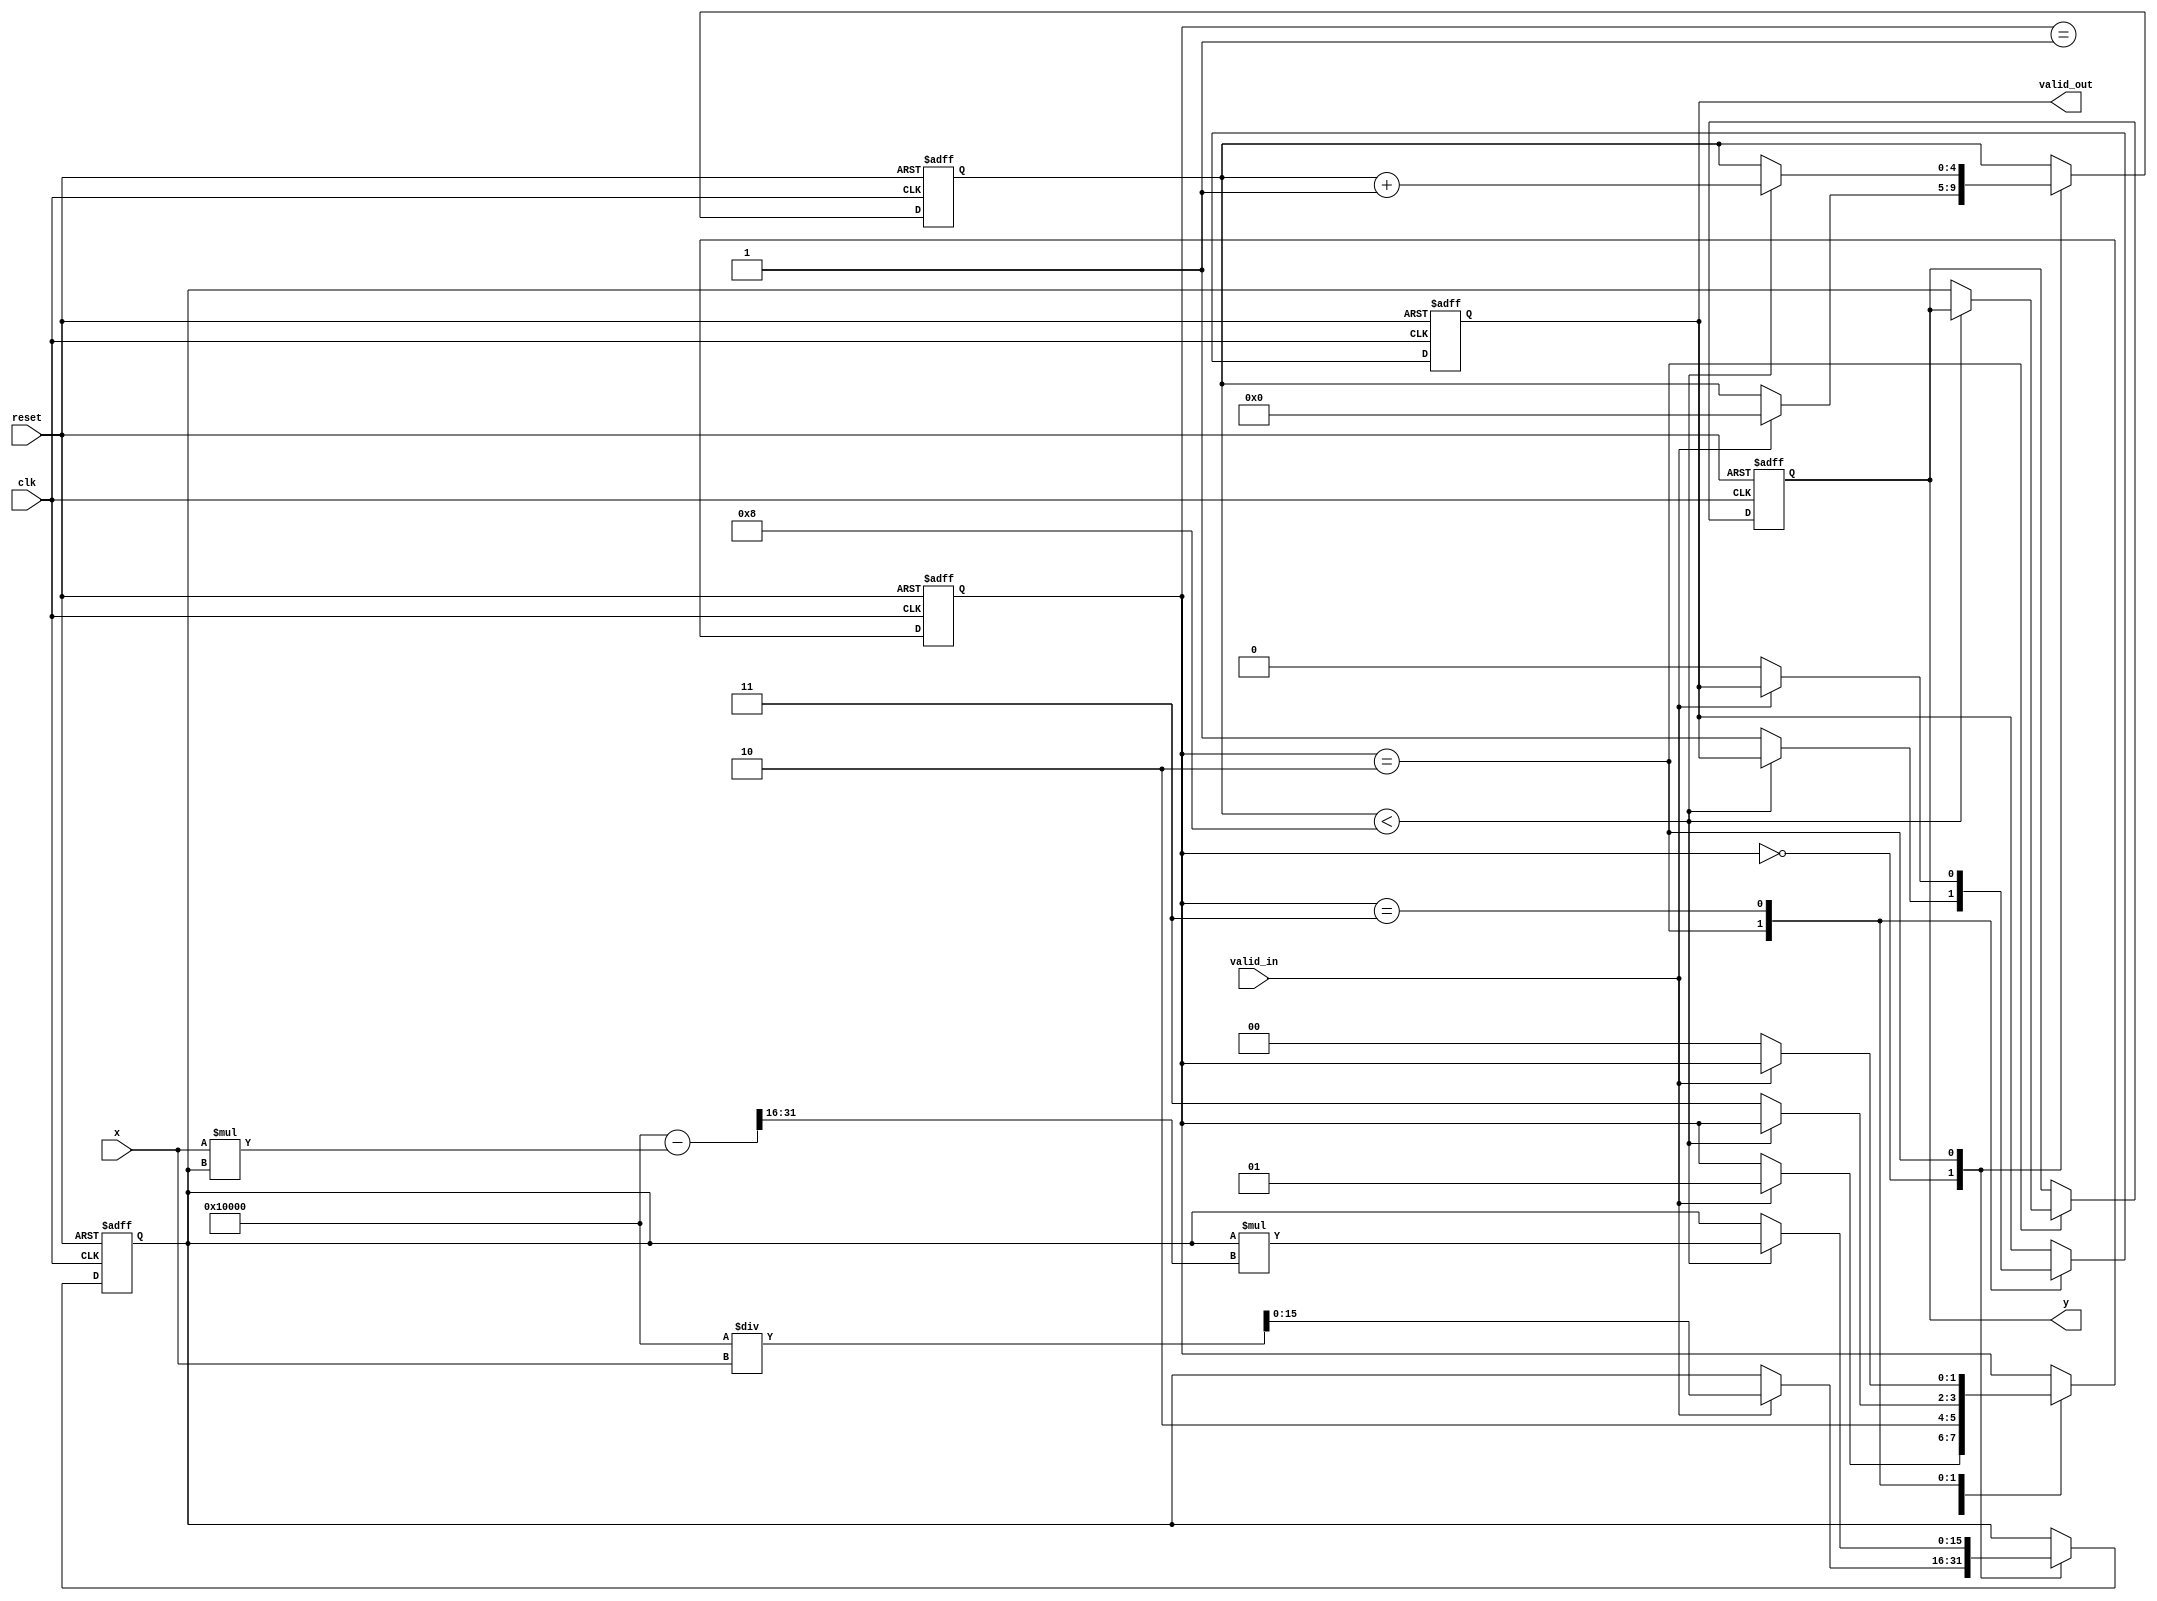
module iterative_reciprocal #(
    parameter WIDTH = 16,          // Width of input and output
    parameter MAX_ITER = 8,        // Maximum number of iterations
    parameter PRECISION = 16        // Precision for the output
)(
    input  wire clk,               // Clock signal
    input  wire reset,             // Reset signal
    input  wire valid_in,          // Input valid signal
    input  wire [WIDTH-1:0] x,     // Input value
    output reg  valid_out,         // Output valid signal
    output reg  [PRECISION-1:0] y // Output reciprocal value
);

    reg [PRECISION-1:0] estimate;  // Current estimate for the reciprocal
    reg [4:0] iteration_count;      // Iteration counter
    reg [1:0] state;                // State machine: 0=idle, 1=initial, 2=iterating, 3=done

    localparam IDLE      = 2'b00;
    localparam INITIAL   = 2'b01;
    localparam ITERATING  = 2'b10;
    localparam DONE      = 2'b11;

    always @(posedge clk or posedge reset) begin
        if (reset) begin
            // Reset state
            valid_out <= 0;
            y <= 0;
            estimate <= 0;
            iteration_count <= 0;
            state <= IDLE;
        end else begin
            case (state)
                IDLE: begin
                    if (valid_in) begin
                        // Initial estimate using a simple approximation (1/x)
                        estimate <= (1 << PRECISION) / x; // Initial guess
                        iteration_count <= 0;
                        state <= INITIAL;
                    end
                end
                
                INITIAL: begin
                    // Move to the iterative state
                    state <= ITERATING;
                end

                ITERATING: begin
                    // Iterative refinement of the estimate
                    if (iteration_count < MAX_ITER) begin
                        // Newton-Raphson update: estimate = estimate * (2 - x * estimate)
                        estimate <= estimate * (2**PRECISION - (x * estimate) >> PRECISION);
                        iteration_count <= iteration_count + 1;
                    end else begin
                        // Finished iterating
                        y <= estimate; // Final reciprocal value
                        valid_out <= 1; // Indicate valid output
                        state <= DONE;
                    end
                end

                DONE: begin
                    // Wait for next valid input
                    if (!valid_in) begin
                        valid_out <= 0; // Clear output valid signal
                        state <= IDLE;  // Go back to idle
                    end
                end
            endcase
        end
    end

endmodule